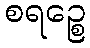
စရဉ္စေ